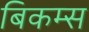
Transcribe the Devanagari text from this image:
बिकम्स